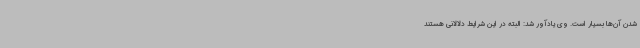
شدن آن‌ها بسیار است. وی یادآور شد: البته در این شرایط دلالانی هستند